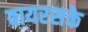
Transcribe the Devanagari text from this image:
वायरसके